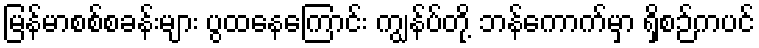
မြန်မာစစ်စခန်းများ ပွထနေကြောင်း ကျွန်ပ်တို့ ဘန်ကောက်မှာ ရှိစဉ်ကပင်